Bréfritari: Soffía Daníelsdóttir
Viðtakandi: Jakobína Magnúsdóttir og Daníel Halldórsson
Dagsetning: A-1901-01-27
Skrifað á: Skeggjastöðum  N-Múl.
Soffía var dóttir Jakobínu og Daníels

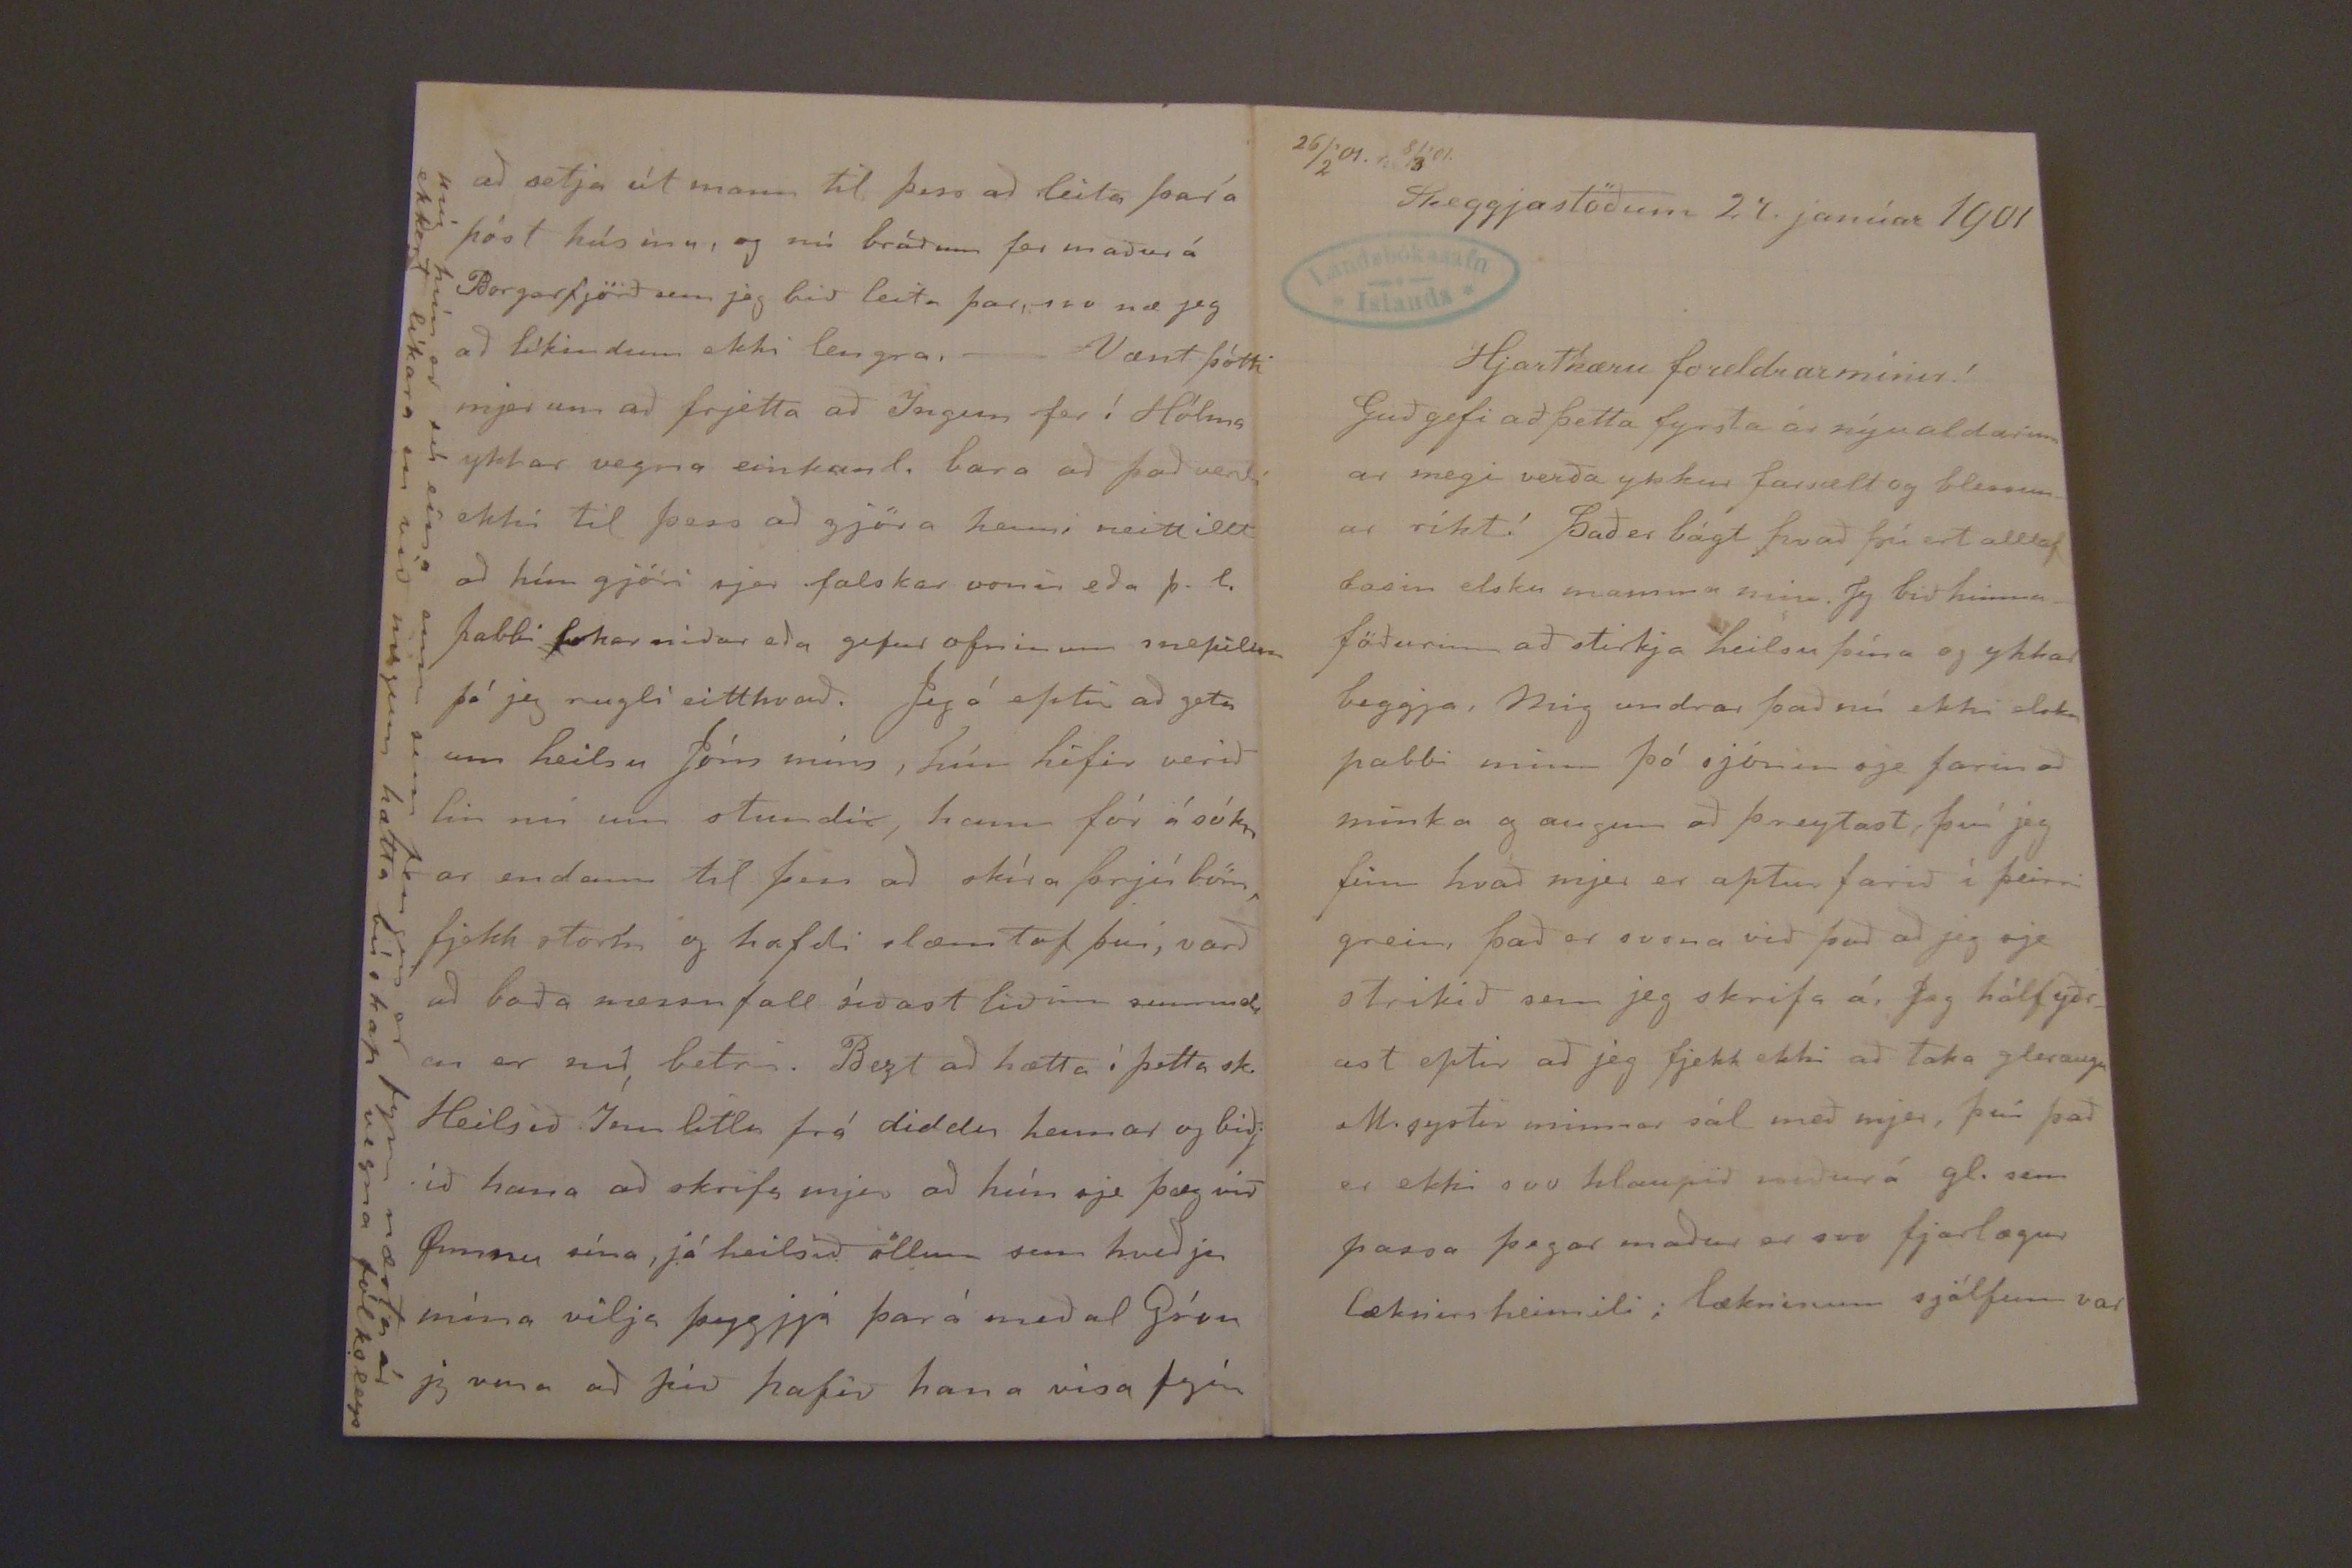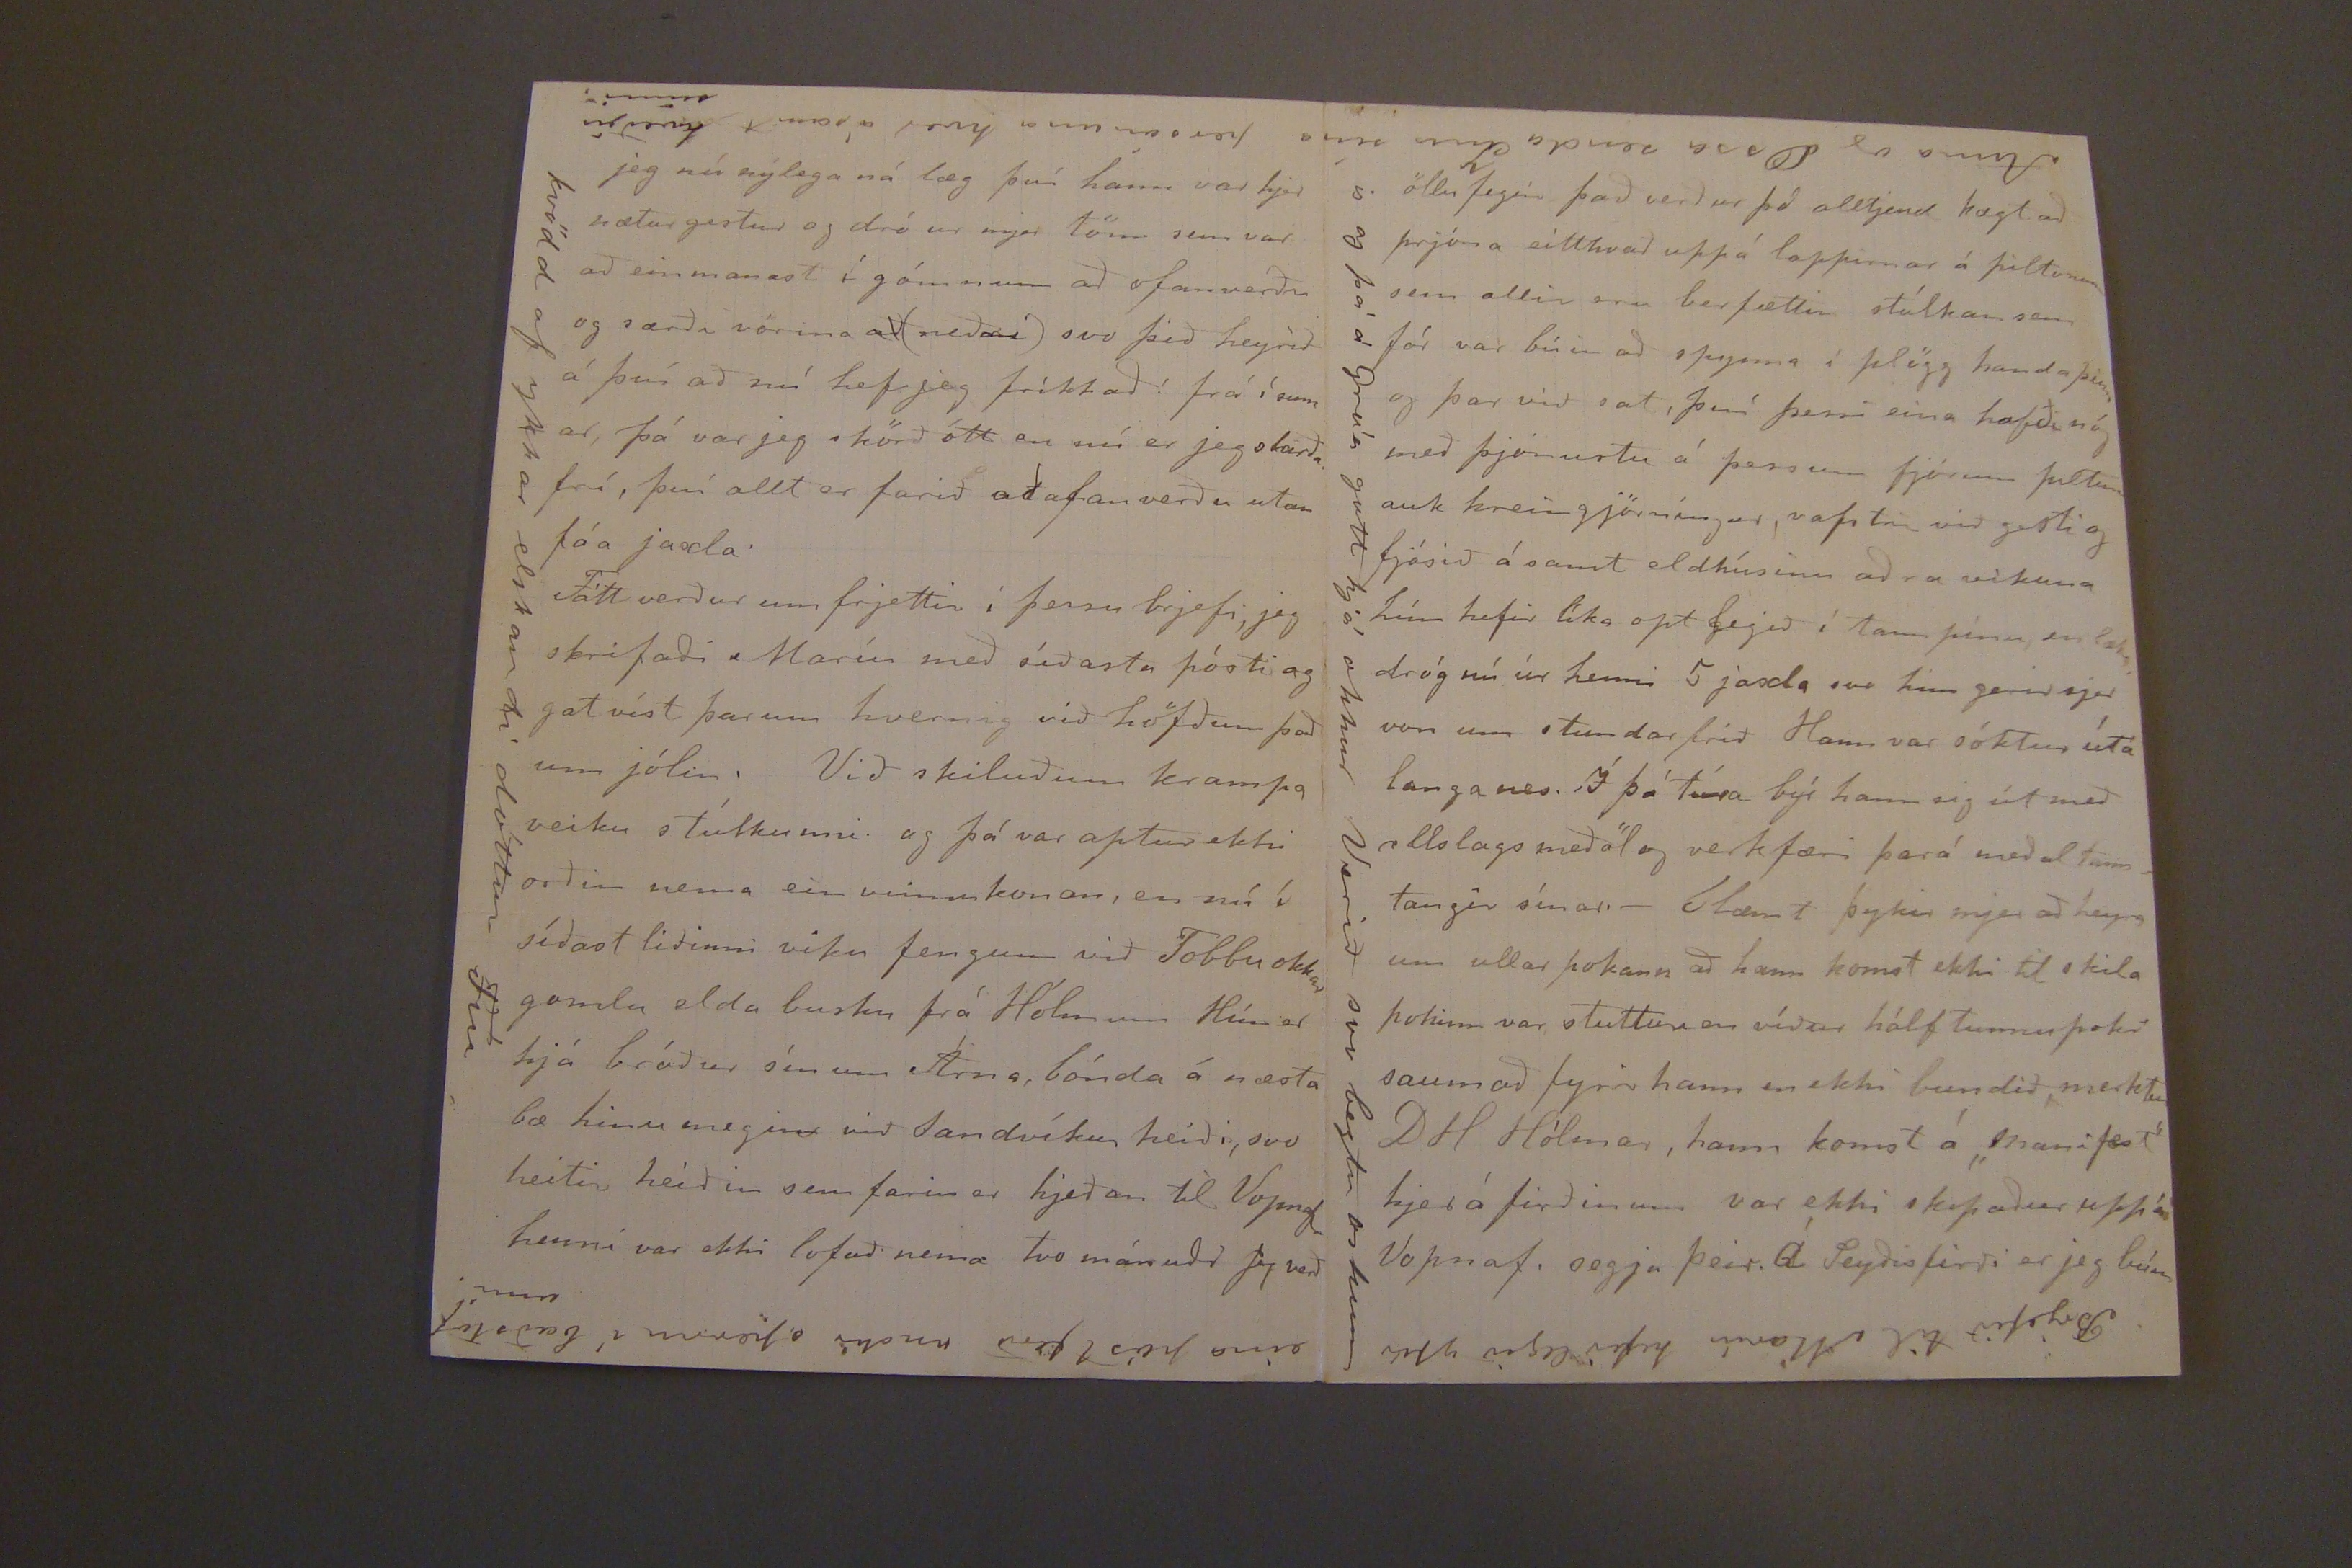

26/2'01. 8/3'01.
Skeggjastöðum 27. janúar 1901
Hjartkæru foreldrar mínir!
Guð gefi að þetta fyrsta ár nýu aldarinn ar megi verða ykkur farsælt og blessunar ríkt! það er bágt hvað þú ert alltaf lasin elsku mamma min. Jeg bið himnaföðurinn að stirkja heilsu þína og ykkar beggja, Mig undrar það nú ekki elsku pabbi minn þó sjónin sje farin að minka og augun að þreytast, því jeg finn hvað mjer er aptur farið í þeirri grein, það er svona við það að jeg sje strikið sem jeg skrifa á, Jeg hálfyðrast eptir að jeg fjekk ekki að taka gleraugu M. systir minnar sál með mjer, því það er ekki svo hlaupið maður á gl. sem passa þegar maður er svo fjarlægur læknis heimili; lækninum sjálfum var
jeg nú nýlega ná læg því hann var hjer næturgestur og dór ur mjer tönn sem var að einmanast í gómnum að ofanverðu og særti vörina
að
(neðri) svo þið heyrið á því að nú hef jeg fríkkað! frá í sum ar, þá var jeg hörð ótt en nú er jeg skarða frí, því allt er farið að ofan verðu utan fáa jaxla
Fátt verður um frjettir í þessu brjefi, jeg skrifaði Maríu með síðasta pósti og gat víst þarum hvernig við höfðum það um jólin. Við skiluðum krampa veiku stúlkunni og þá var aptur ekki orðin nema ein vinnukonan, en nú í síðast liðinni viku fengum við Tobbu okkar gomu elda busku frá Hólmum Hún er hjá bróður sínum Árna, bónda á næsta bæ hinu megin við landvíkur heiði, svo heitir heiðin sem farin er hjeðan til Vopnaf henni var ekki lofað nema tvo mánuði jeg verð
kvödd af ykkar elskandi dóttur Fíu
eina póst ferð nndir spennu í baðstofunni.
persónuna hver ásamt kveðju sinni.
að setja út mann til þess að leita þar á póst húsinu, og nú bráðum fer maður á Borgarfjörð sem jeg bið leita þar, svo næ jeg að líkindum ekki lengra. - Vænt þótti mjer um að frjetta að Ingun fer í Hólma ykkar vegna einkuml. bara að það verði ekki til þess að gjöra henni neitt illt að hún gjöri sjer falskar vonir eða þ.l. pabbi lokar niður eða gefur ofninum snepilinn þó jeg rugli eitthvað. Jeg á eptir að geta um heilsu Jóns míns, hún hifir verið lin nú um stundi, hann fór á sókn ar endann til þess að skíra þrjú börn, fjekk storm og hafði slæmt af því, varð að boða messu fall síðast liðinn sunnud. en er nú betri. Bezt að hætta í þetta sk. Heilsið Ínu litlu frá diddu hennar og biðjið hana að skrifa mjer að hún sje þæg við Ommu sína, já heilsið öllum sem hveðju mína vilja þyggja þar á meðal Gróu jeg vona að Jón hafir hana vísa fgin
mig hún er sú eina enn sem fengin er fyri næsta ár ekkert líkara en við migum hætta búskap vegna fólksleys
öllu fegin það verður þó alltjend hægt að prjóna eitthvað uppá lappirnar á piltunum sem allir eru berfættir stúlkan sem fór var búin að spynna í plögg handa
þissar
og þar við sat, því þessi eina hafði nóg með þjónustu á þessum fjórum piltum auk hreingjörningar,
vaptir við gisti og
fjósið á samt eldhúsinu aðra vikuna hún hefir líka opt egið í tann pínu, en lækn dróg nú úr henni 5 jaxla svo hun gerir sjer von um stundarfrið. Hann var sóktur útá langanes. Í þá tíma býr hann sig út með allslagsmeðöl og verkfæri þará meðal tanntangir sínar.- Slæmt þykir mjer að heyra um ullar pokann að hann komst ekki til skila pokinn var stuttur en víður hálf tunnu poki saumað fyrir hann en ekki bundið, merktur D H Hólmar, hann komst á
"manifæst"
hjer á firðinum var ekki skipaður upp á Vopnaf. segja þeir. Á Seyðisfirði er jeg búin
is og þá á gGróa gott hjá okkur Verið svo beztu oskum
Anna og Ossa senda Inu sína
Brjefið til Maríu hefir legið yfir